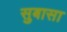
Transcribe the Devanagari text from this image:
सुबासा